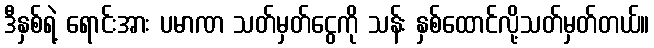
ဒီနှစ်ရဲ့ ရောင်းအား ပမာဏ သတ်မှတ်ငွေကို သန်း နှစ်ထောင်လို့သတ်မှတ်တယ်။